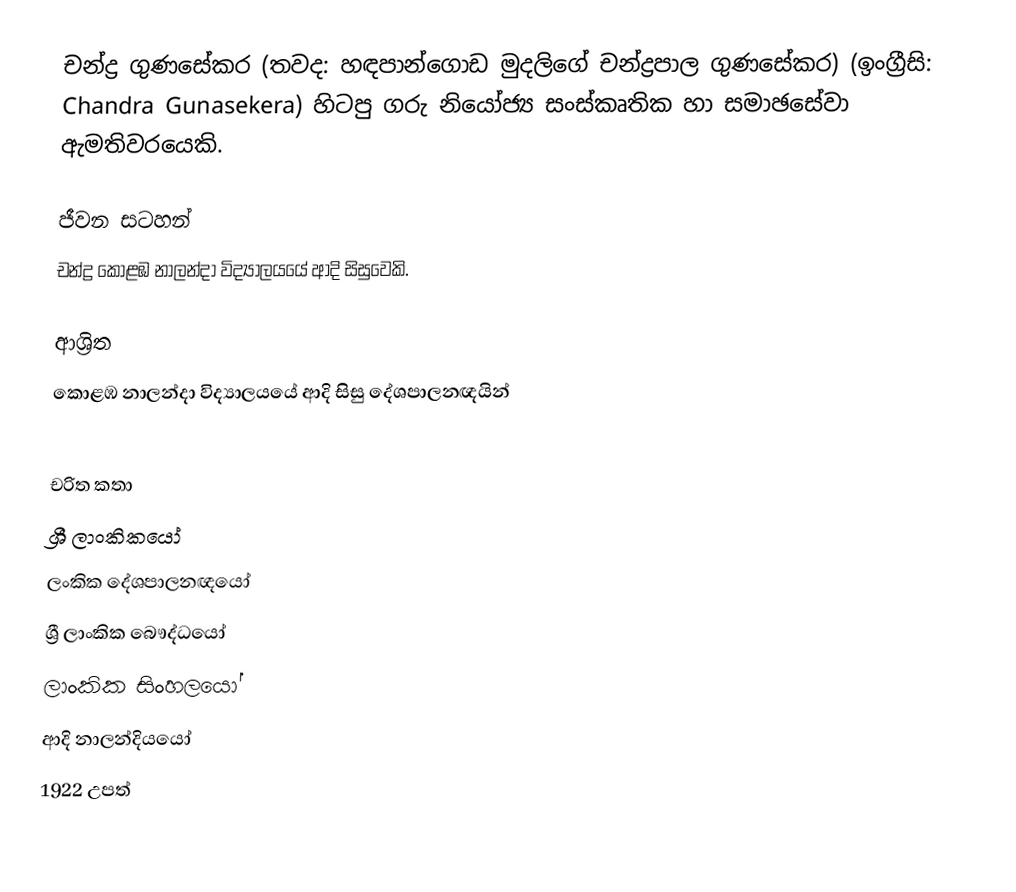
චන්ද්‍ර ගුණසේකර (තවද: හඳපාන්ගොඩ මුදලිගේ චන්ද්‍රපාල ගුණසේකර) (ඉංග්‍රීසි: Chandra Gunasekera) හිටපු ගරු නියෝජ්‍ය සංස්කෘතික හා සමාඡසේවා ඇමතිවරයෙකි.

ජීවන සටහන්
චන්ද්‍ර  කොළඹ නාලන්දා විද්‍යාලයයේ ආදි සිසුවෙකි.

ආශ්‍රිත
කොළඹ නාලන්දා විද්‍යාලයයේ ආදි සිසු දේශපාලනඥයින්

චරිත කතා
ශ්‍රී ලාංකිකයෝ
ලංකික දේශපාලනඥයෝ
ශ්‍රී ලාංකික බෞද්ධයෝ
ලාංකික සිංහලයෝ
ආදි නාලන්දියයෝ
1922 උපත්